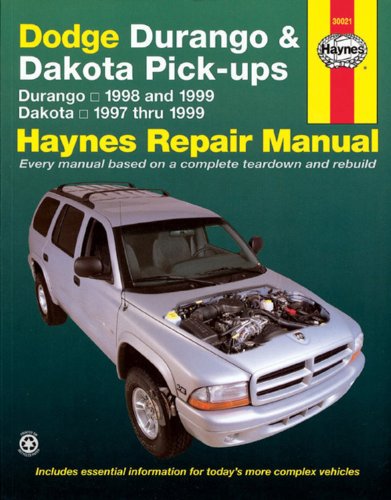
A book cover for Dodge Durango '98'99 & Dakota '97'99 (Haynes Repair Manuals); John Haynes; Engineering & Transportation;